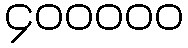
၄၀၀၀၀၀